Code of medical and sanitary regulations for the guidance of medical officers serving in the Madras Presidency - Volume II
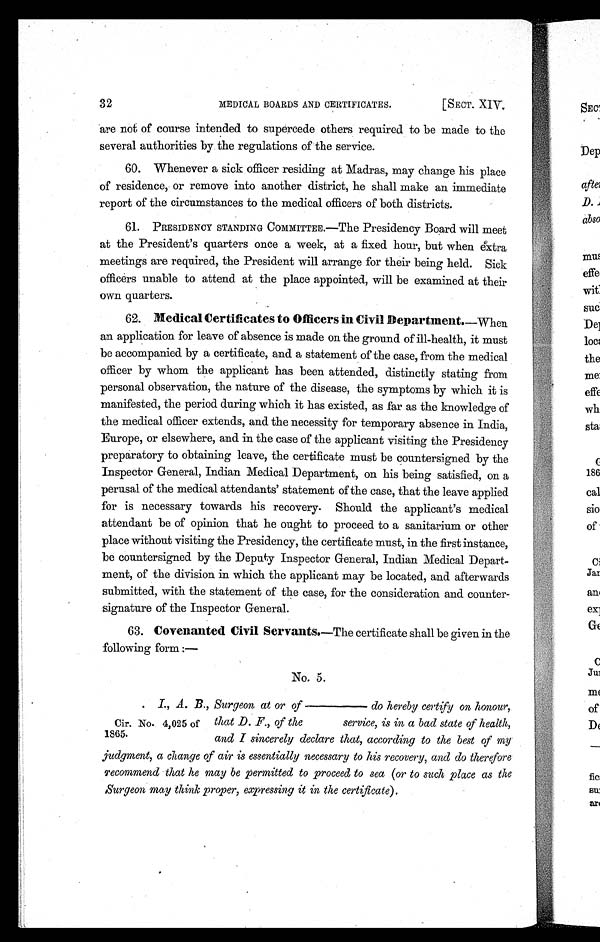
32
MEDICAL BOARDS AND CERTIFICATES.
[SECT. XIV,
are not of course intended to supercede others required to be made to the
several authorities by the regulations of the service.
60. Whenever a sick officer residing at Madras, may change his place
of residence, or remove into another district, he shall make an immediate
report of the circumstances to the medical officers of both districts.
61. PRESIDENCY STANDING COMMITTEE.—The Presidency Board will meet
at the President's quarters once a week, at a fixed hour, but when extra
meetings are required, the President will arrange for their being held. Sick
officers unable to attend at the place appointed, will be examined at their
own quarters.
60. Medical Certificates to Officers in Civil Department. —When
an application for leave of absence is made on the ground of ill-health, it must
be accompanied by a certificate, and a statement of the case, from the medical
officer by whom the applicant has been attended, distinctly stating from
personal observation, the nature of the disease, the symptoms by which it is
manifested, the period during which it has existed, as far as the knowledge of
the medical officer extends, and the necessity for temporary absence in India,
Europe, or elsewhere, and in the case of the applicant visiting the Presidency
preparatory to obtaining leave, the certificate must be countersigned by the
Inspector General, Indian Medical Department, on his being satisfied, on a
perusal of the medical attendants' statement of the case, that the leave applied
for is necessary towards his recovery. Should the applicant's medical
attendant be of opinion that he ought to proceed to a sanitarium or other
place without visiting the Presidency, the certificate must, in the first instance,
be countersigned by the Deputy Inspector General, Indian Medical Depart-
ment, of the division in which the applicant may be located, and afterwards
submitted, with the statement of the case, for the consideration and counter-
signature of the Inspector General.
63.
Covenanted Civil Servants. —The certificate shall be given in the
following form :—
No. 5.
Cir. No. 4,025 of
1865.
I., A. B., Surgeon at or of ———— do hereby certify on honour,
that D. F., of the
service, is in a bad state of health,
and I sincerely declare that, according to the best of my
judgment, a change of air is essentially necessary to his recovery, and do therefore
recommend that he may be permitted to proceed to sea (or to such place as the
Surgeon may think proper, expressing it in the certificate).